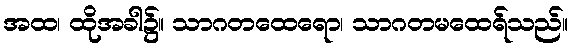
အထ၊ ထိုအခါ၌။ သာဂတထေရော၊ သာဂတမထေရ်သည်။